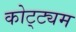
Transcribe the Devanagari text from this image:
कोट्ट्यम